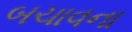
બચાવના